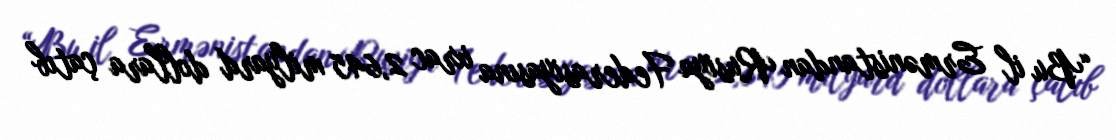
“Bu il Ermənistandan Rusiya Federasiyasına ixrac 2,645 milyard dollara çatıb